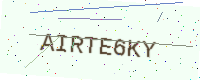
Text: AIRTE6KY